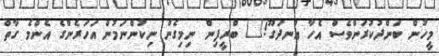
މީހުން ބަންދުކުރަންވެސް އެހާ އުނދަގޫ!" ބްރީފިން ނިމިގެން ނިކުންނަމުން އަހަރެންގެ އެންމެ ގާތް